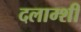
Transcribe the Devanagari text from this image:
दलाम्शी